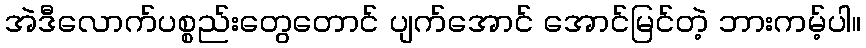
အဲဒီလောက်ပစ္စည်းတွေတောင် ပျက်အောင် အောင်မြင်တဲ့ ဘားကမ့်ပါ။